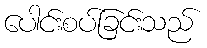
ပေါင်းစပ်ခြင်းသည်